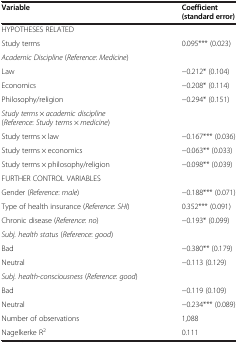
| Variable | Coefficient (standard error) |
 | --- | --- |
 | <COLSPAN=2> HYPOTHESES RELATED |
 | Study terms | 0.095*** (0.023) |
 | <COLSPAN=2> Academic Discipline (Reference: Medicine) |
 | Law | −0.212* (0.104) |
 | Economics | −0.208* (0.114) |
 | Philosophy/religion | −0.294* (0.151) |
 | <COLSPAN=2> Study terms × academic discipline (Reference: Study terms × medicine) |
 | Study terms × law | −0.167*** (0.036) |
 | Study terms × economics | −0.063** (0.033) |
 | Study terms × philosophy/religion | −0.098** (0.039) |
 | <COLSPAN=2> FURTHER CONTROL VARIABLES |
 | Gender (Reference: male) | −0.188*** (0.071) |
 | Type of health insurance (Reference: SHI) | 0.352*** (0.091) |
 | Chronic disease (Reference: no) | −0.193* (0.099) |
 | <COLSPAN=2> Subj. health status (Reference: good) |
 | Bad | −0.380** (0.179) |
 | Neutral | −0.113 (0.129) |
 | Subj. health-consciousness (Reference: good) |  |
 | Bad | −0.119 (0.109) |
 | Neutral | −0.234*** (0.089) |
 | Number of observations | 1,088 |
 | Nagelkerke R2 | 0.111 |